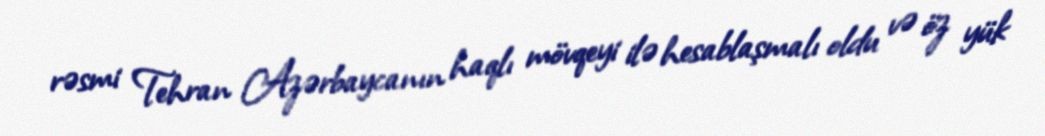
rəsmi Tehran Azərbaycanın haqlı mövqeyi ilə hesablaşmalı oldu və öz yük